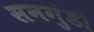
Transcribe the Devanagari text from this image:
सनगुंडी